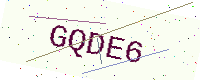
Text: GQDE6